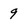
Character: 9